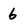
Character: 6